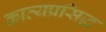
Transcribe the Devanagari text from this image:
काव्यप्रसिद्ध